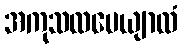
အကုသလပေယျာလံ